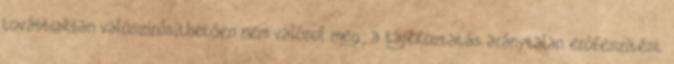
továbbiakban valószínűsíthetően nem valósul meg; a tájékoztatás aránytalan erőfeszítést